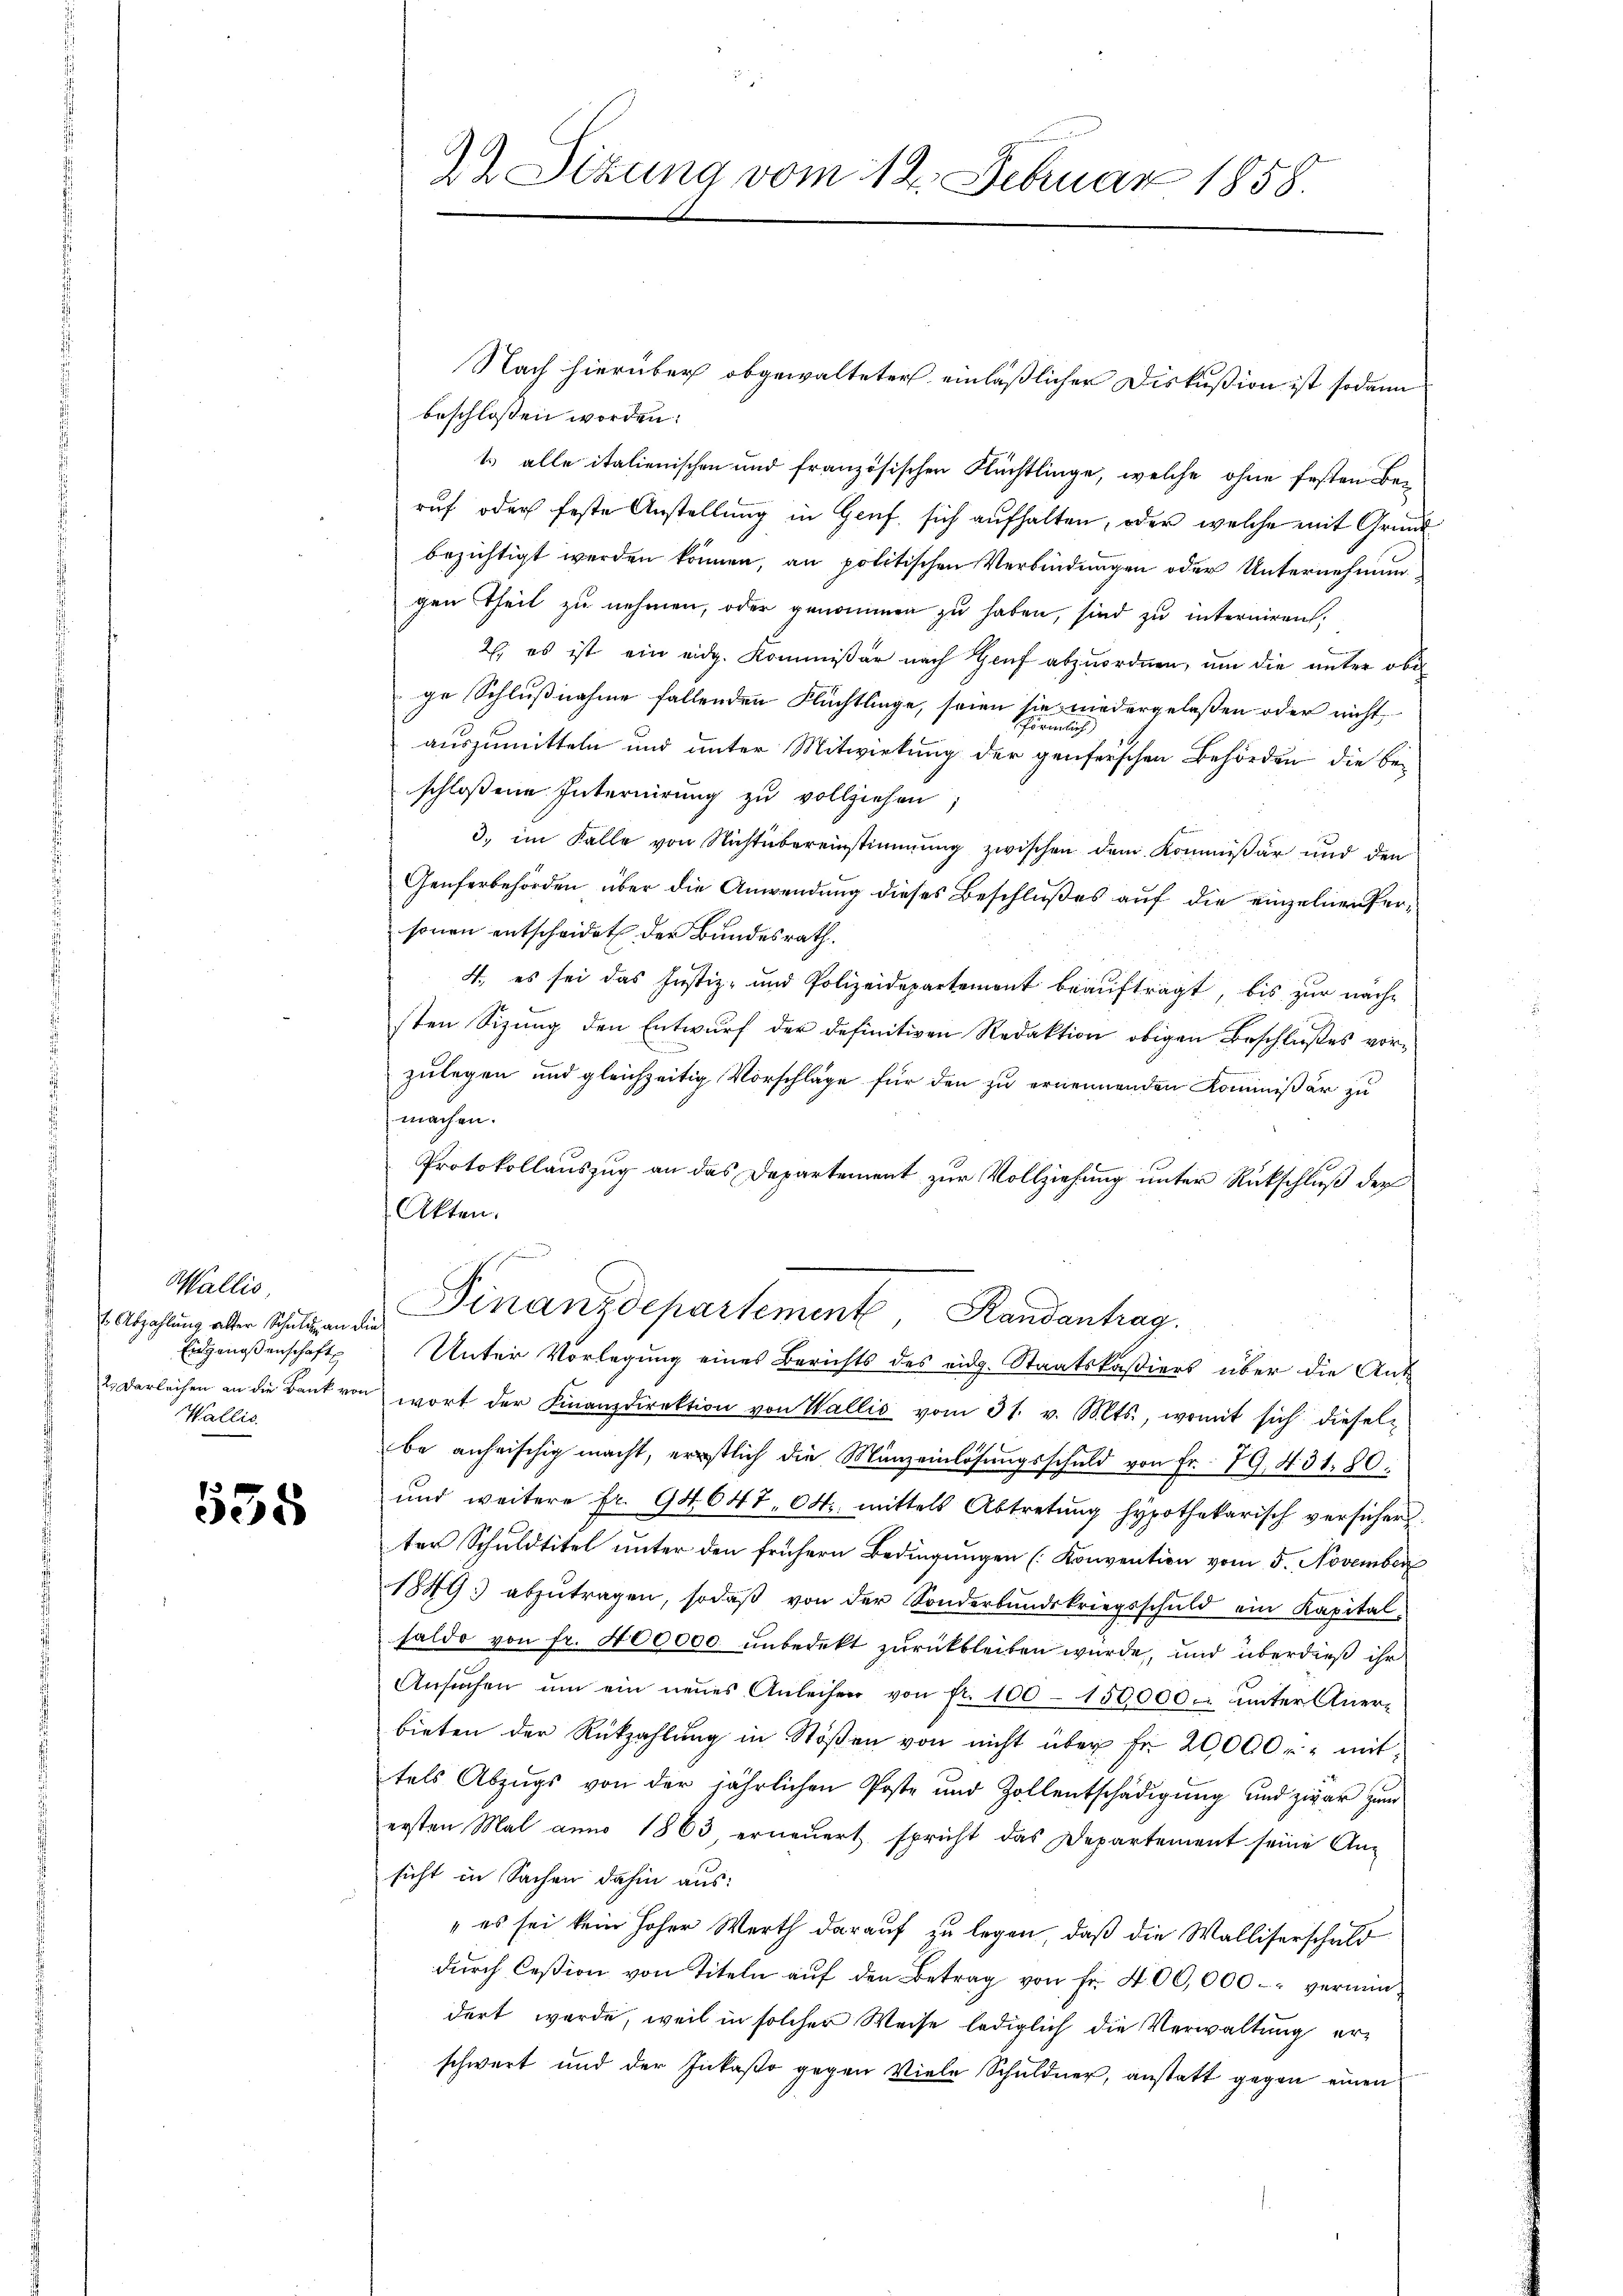
Wallis,
 Abzahlung alter Schuld an die
Eidgenoßenschaft
2. Darleihen an die Bank von
Wallis.

535

2 Sizung vom 12. Februar 1858.

Nach hierüber obgewalteter einläßlicher Diskußion ist sodann
beschlossen worden:
ts alle italienischen und französischen Flüchtlinge, welche ohne festen Beruf oder feste Anstellung in Genf sich aufhalten, oder welche mit Grund
bezichtigt werden können, an politischen Verbindungen oder Unternehmungen Theil zu nehmen, oder genommen zu haben, sind zu interniren,
2; es ist ein eidg. Kommissär nach Genf abzuordnen, um die unter obe
ge Schlußnahme fallenden Flächtlinge, seien sie niedergelaßen oder nicht
sförmlich
auszumitteln und unter Mitwirkung der genferschen Behörden die beschloßene Internierung zu vollziehen
3. im Falle von Nichtübereinstimmung zwischen dem Kommißär und den
Genferbehörden über die Anwendung dieses Beschlußes auf die einzelnen Personen entscheidet der Bundesrath.
4, es sei das Justiz- und Polizeidepartement beaufträgt, bis zur nachsten Sitzŭng den Entwŭrf der definitiven Redaktion obigen Beschlußes vorzulegen und gleichzeitig Vorschläge für den zu ernennenden Kommißär zu
machen.
Protokollauszug an das Departement zur Vollziehung unter Rückschluß der
Akten.
Finanzdepartement, Randantrag
Unter Vorlegung eines Berichts des eidg. Staatskaßiers über die Ant
wort der Finanzdirektion von Wallis vom 31. v. Mts., womit sich diesel-
be anheischig macht, erstlich die Manzeinlösungsschuld von Fr. 79. 451. 80.
ŭnd weitere fr. 94647. 64. mittels Abtretŭng hypothekarisch versicher.
ter Schuldtitel unter den frühern Bedingungen (Konvention vom 5. November
1849 abzŭtragen, sodaβ von der Sonderbŭndskriegsschuld ein Kapital-
saldo von fr. 400000 unbedekt zurückbleiben wurde, und überdieß ihr
Ansŭchen ŭm ein neues Anleihen von fr. 100 - 150000. unter Aner-
bieten der Rückzahlung in Stößen von nicht über fr. 20000 r. mit
tels Abzŭgs von der jährlichen Poste und Zollentschädigŭng und zwar zŭm
ersten Mal anno 1863 erneuert spricht das Departement seine An-
sicht in Sachen dahin aus:
" es sei kein hoher Werth darauf zu legen, daß die Walliserschuld
dŭrch Cession von Titeln aŭf den Betrag von Fr. 400,000 - vernun
dert werde, weil in solcher Weise lediglich die Verwaltung erschwert und der Inkaso gegen Viele Schuldner, anstatt gegen einen